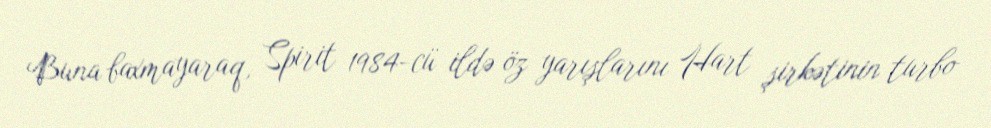
Buna baxmayaraq, Spirit 1984-cü ildə öz yarışlarını Hart şirkətinin turbo